NAE_EAOK_eestikeelsed_sunnimeetrikad, lk 196
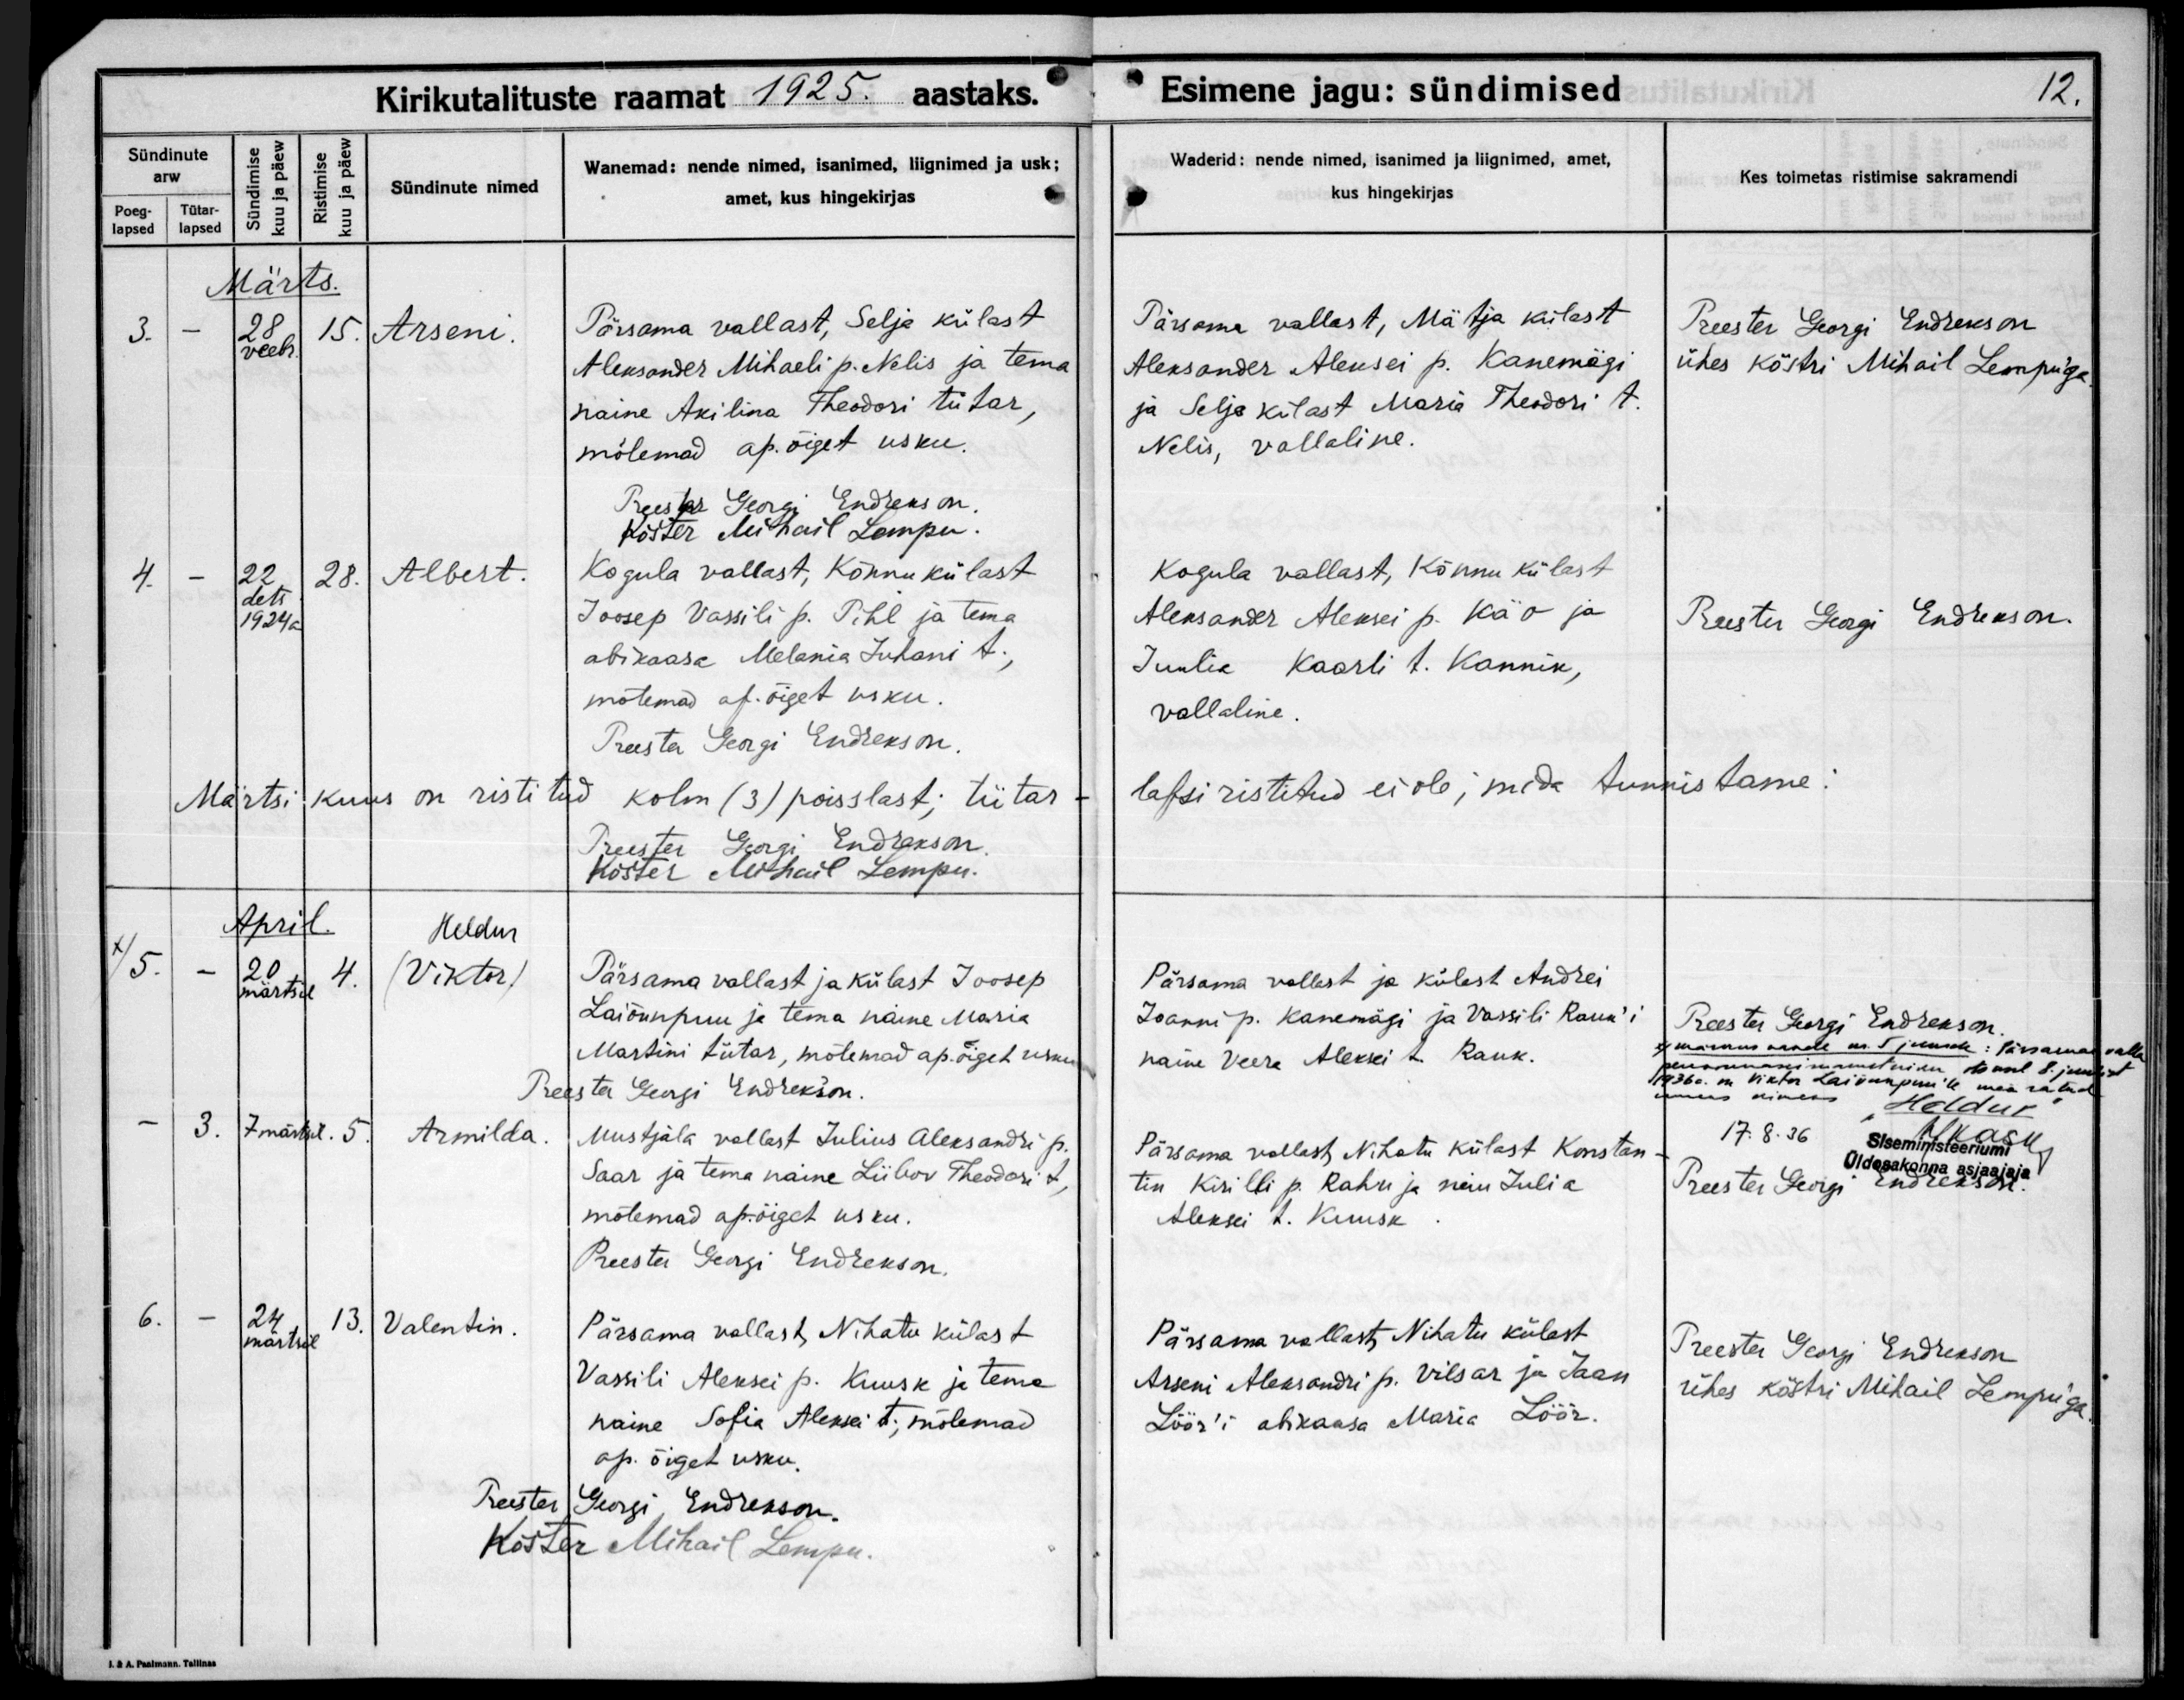
Arseni

Albert

Heldur
/Viktor/

Armilda

Valentin

Pärsama vallast, Selja külast
Aleksander Mihaeli Nelis ja tema
naine Akilina Theodori tütar,
mõlemad ap.õiget usku.

Kogula vallast, Kõhnu külast
Joosep Vassili p. Pihl ja tema
abikaasa Melania Juhani t.,
mõlemad ap.õiget usku.

Pärsama vallast ja külast Joosep
Laiõunpuu ja tema naine Maria
Martini tütar, mõlemad ap. õiget usku

Mustjala vallast Julius Aleksandri p.
Saar ja tema naine Liibov Theodori t,
mõlemad ap.õiget usku.

Pärsama vallast, Nihatu külast
Vassili Aleksei p. Kuusk ja tema
naine Sofia Aleksei t, mõlemad
ap. õiget usku.